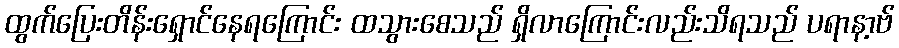
ထွက်ပြေးတိန်းရှောင်နေရကြောင်း ထသွားစေသည် ရှိလာကြောင်းလည်းသိရသည် ပရာနာ့ဗ်